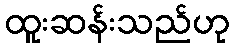
ထူးဆန်းသည်ဟု